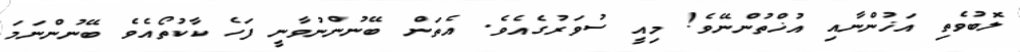
ލޮބުވެތި އަޚުންނާއި އުޚްތުންނޭވެ! މިއީ ސުވަރުގެއެވެ. އެތަން ބޭނުންނުވާނީ ފަހެ ކާކުތޯއެވެ ބޭނުންނަމަ